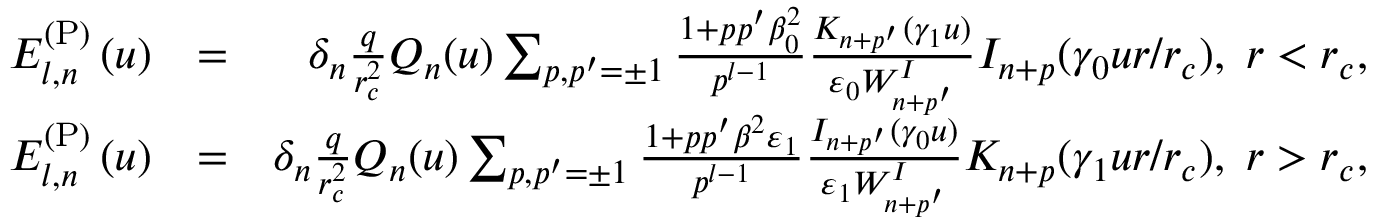
\begin{array} { r l r } { E _ { l , n } ^ { \mathrm { ( P ) } } \left( u \right) } & { = } & { \delta _ { n } \frac { q } { r _ { c } ^ { 2 } } Q _ { n } ( u ) \sum _ { p , p ^ { \prime } = \pm 1 } \frac { 1 + p p ^ { \prime } \beta _ { 0 } ^ { 2 } } { p ^ { l - 1 } } \frac { K _ { n + p ^ { \prime } } ( \gamma _ { 1 } u ) } { \varepsilon _ { 0 } W _ { n + p ^ { \prime } } ^ { I } } I _ { n + p } ( \gamma _ { 0 } u r / r _ { c } ) , \; r < r _ { c } , } \\ { E _ { l , n } ^ { \mathrm { ( P ) } } \left( u \right) } & { = } & { \delta _ { n } \frac { q } { r _ { c } ^ { 2 } } Q _ { n } ( u ) \sum _ { p , p ^ { \prime } = \pm 1 } \frac { 1 + p p ^ { \prime } \beta ^ { 2 } \varepsilon _ { 1 } } { p ^ { l - 1 } } \frac { I _ { n + p ^ { \prime } } ( \gamma _ { 0 } u ) } { \varepsilon _ { 1 } W _ { n + p ^ { \prime } } ^ { I } } K _ { n + p } ( \gamma _ { 1 } u r / r _ { c } ) , \; r > r _ { c } , } \end{array}